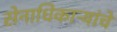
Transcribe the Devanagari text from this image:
सेनाधिकाऱ्यांचे